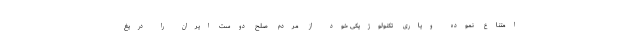
امتناع نموده ویاری تکنولوژیکی خود از مردم صلح دوست ایران را دریغ